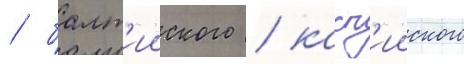
/ балт'ииского / касп'ииского